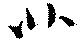
北